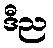
ဒီည